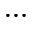
\hdots